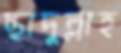
ছাদুল্লাহ